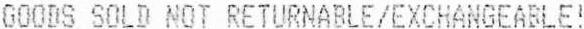
GOODS SOLD NOT RETURNABLE/EXCHANGEABLE!